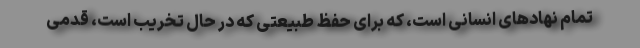
تمام نهادهای انسانی است، که برای حفظ طبیعتی که در حال تخریب است، قدمی